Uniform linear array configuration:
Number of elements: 4
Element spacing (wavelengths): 0.75
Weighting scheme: blackman
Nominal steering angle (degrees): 60
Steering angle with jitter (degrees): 58.71
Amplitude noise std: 0.05
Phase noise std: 0.05

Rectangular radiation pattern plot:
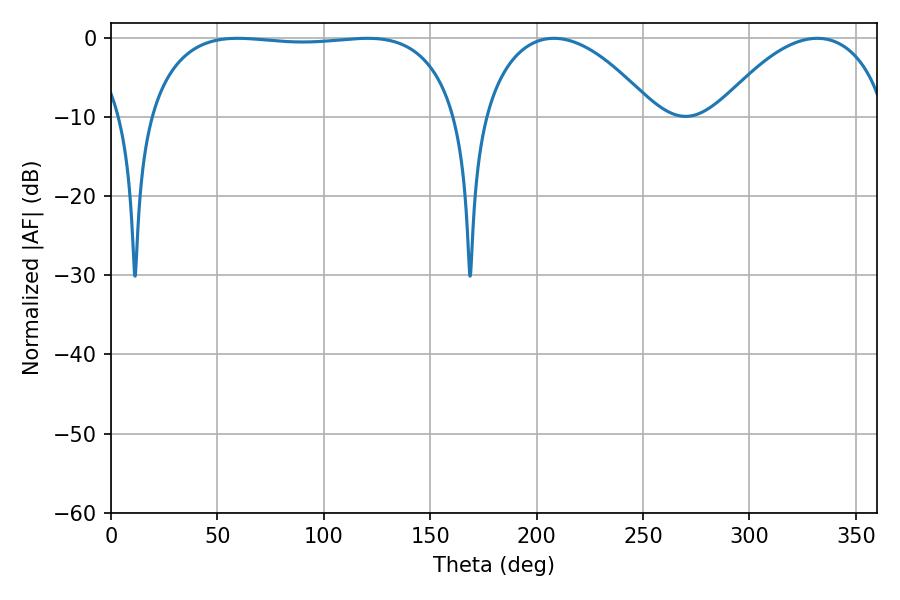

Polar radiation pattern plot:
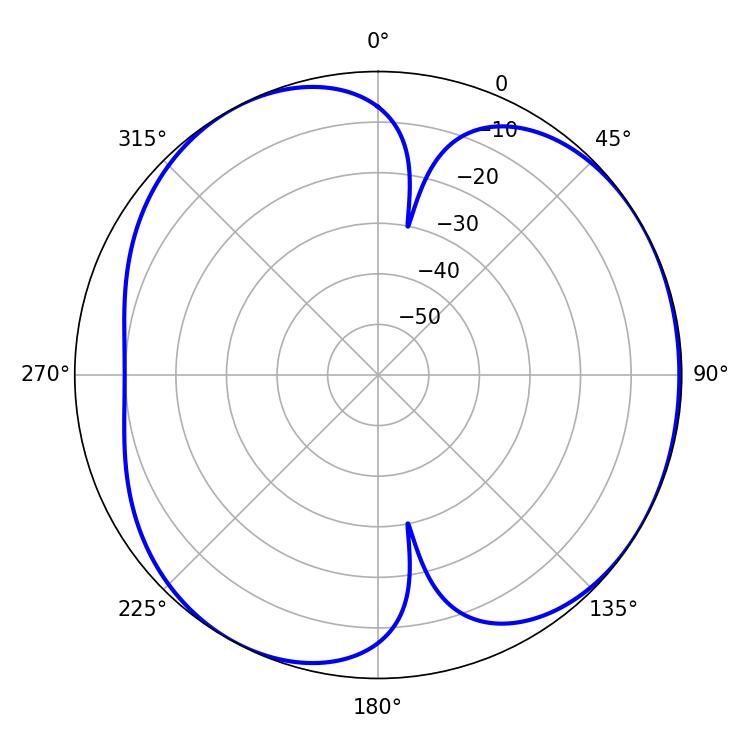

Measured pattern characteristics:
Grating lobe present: TRUE
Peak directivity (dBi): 4.537
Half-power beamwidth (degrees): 115.92
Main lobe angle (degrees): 59.58